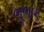
ભૂભાગ